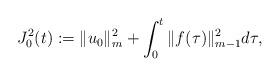
LaTeX: \begin{align*}J_{0}^{2}(t):=\|u_{0}\|_{m}^{2}+\int_{0}^{t}\|f(\tau)\|_{m-1}^{2}d\tau,\end{align*}